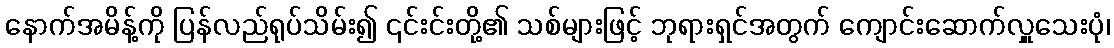
နောက်အမိန့်ကို ပြန်လည်ရုပ်သိမ်း၍ ၎င်းင်းတို့၏ သစ်များဖြင့် ဘုရားရှင်အတွက် ကျောင်းဆောက်လှူသေးပုံ၊